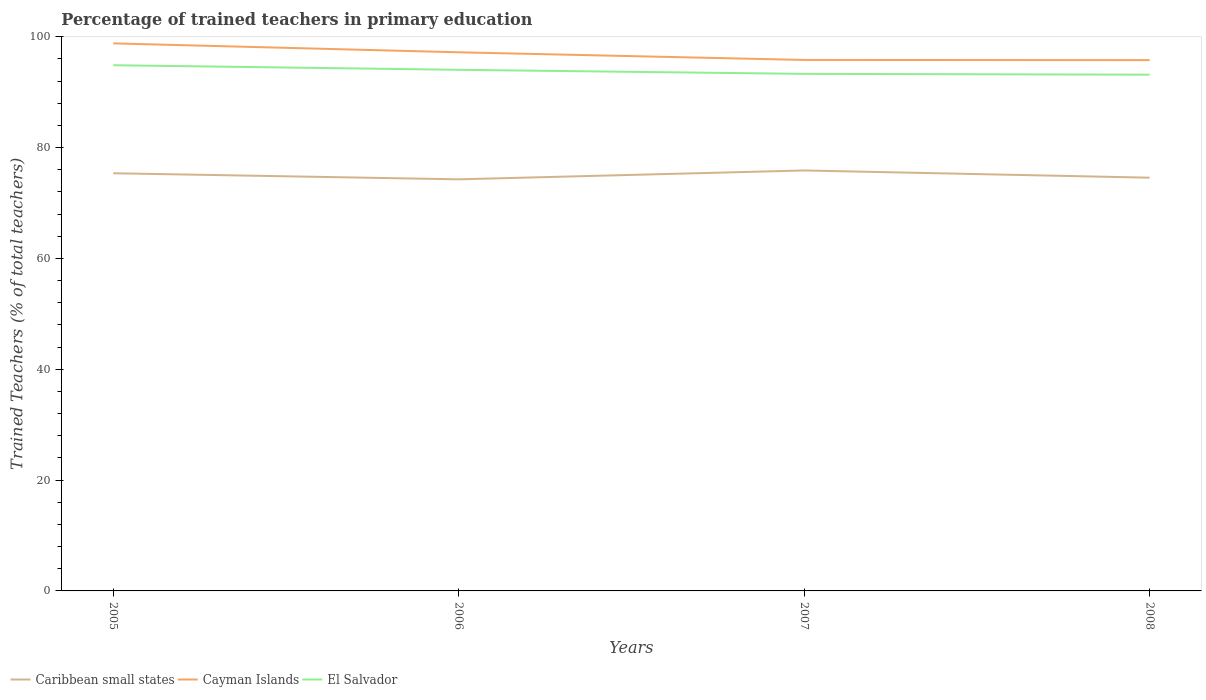
| Years | Caribbean small states | Cayman Islands | El Salvador |
 | --- | --- | --- | --- |
 | 2005 | 75.4 | 98.8 | 94.9 |
 | 2006 | 74.3 | 97.2 | 94 |
 | 2007 | 75.9 | 95.8 | 93.3 |
 | 2008 | 74.6 | 95.8 | 93.2 |